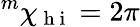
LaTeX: {}^{m}\chi_{\mathrm{~h~i~}}=2\pi